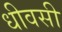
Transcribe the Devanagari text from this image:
धीवसी